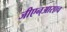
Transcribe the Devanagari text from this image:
जीएन्‌आरएच